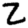
Digit: 2